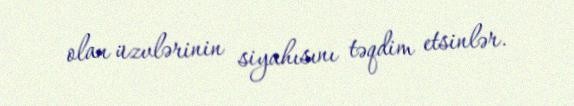
olan üzvlərinin siyahısını təqdim etsinlər.